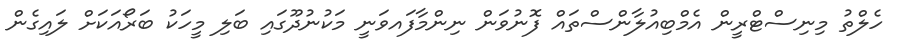
ހެލްތު މިނިސްޓްރީން އެމްބިއުލާންސްތައް ފޮނުވަން ނިންމާފައވަނީ މަކުނުދޫގައި ބަލި މީހަކު ބަރޯއަކަށް ލައިގެން